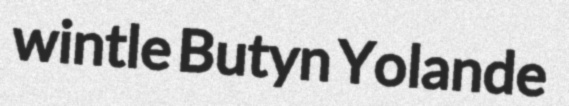
wintle Butyn Yolande